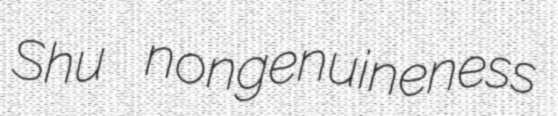
Shu nongenuineness